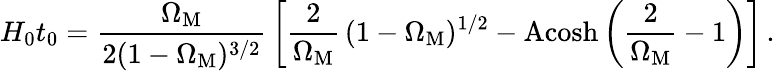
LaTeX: H_{0}t_{0}=\frac{\Omega_{\mathrm{M}}}{2(1-\Omega_{\mathrm{M}})^{3/2}}\, \left[\frac{2}{\Omega_{\mathrm{M}}}\, (1-\Omega_{\mathrm{M}})^{1/2}-\mathrm{Acosh}\left(\frac{2}{\Omega_{\mathrm{M}}}-1\right)\right]\, .